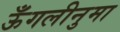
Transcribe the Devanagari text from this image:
ऊँगलीनुमा